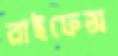
রাইফেল্স